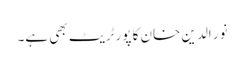
نور الدین خان کا پورٹریٹ بھی ہے۔